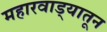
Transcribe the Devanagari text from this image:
महारवाड्यातून